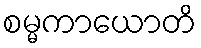
စမ္မကာယောတိ